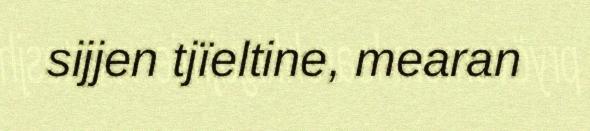
sijjen tjïeltine, mearan